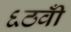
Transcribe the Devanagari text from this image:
६ठवीँ